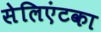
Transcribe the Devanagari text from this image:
सेलिएंटका